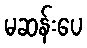
မဆန်းပေ